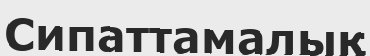
Сипаттамалық